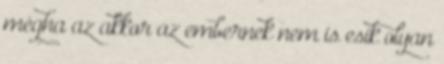
mégha az akkor az embernek nem is esik olyan